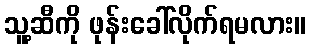
သူ့ဆီကို ဖုန်းခေါ်လိုက်ရမလား။